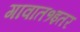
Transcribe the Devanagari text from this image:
गावात१इतर